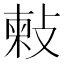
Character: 㪝